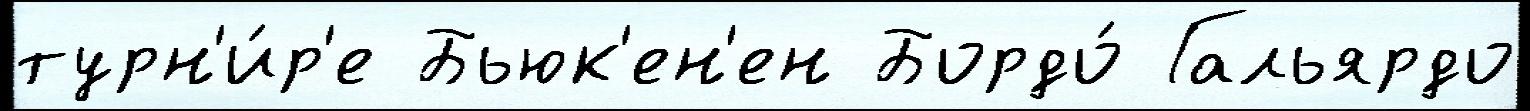
турн'и́р'е Бьюк'ен'ен Бордо́ Гальярдо